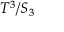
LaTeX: T ^ { 3 } / S _ { 3 }